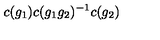
c ( g _ { 1 } ) c ( g _ { 1 } g _ { 2 } ) ^ { - 1 } c ( g _ { 2 } )